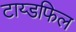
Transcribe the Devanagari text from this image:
टाय्डफिल